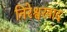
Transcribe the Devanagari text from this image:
निरेश्वरवाद